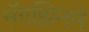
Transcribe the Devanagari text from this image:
मॅगझिनने